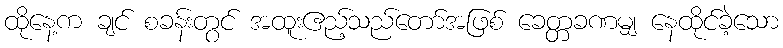
ထိုနေ့က ချင် စခန်းတွင် အထူးဧည့်သည်တော်အဖြစ် ခေတ္တခဏမျှ နေထိုင်ခဲ့သော